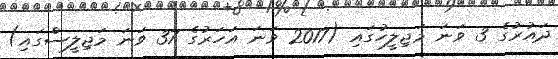
ދައުރުގެ 3 ވަނަ މަޖިލީހުގައި (2017 ވަނަ އަހަރުގެ 37 ވަނަ މަޖިލީސްގައި)